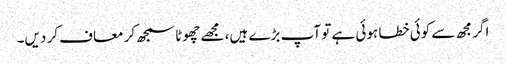
اگر مجھ سے کوئی خطا ہوئی ہے تو آپ بڑے ہیں، مجھے چھوٹا سمجھ کر معاف کر دیں۔